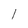
Character: 1